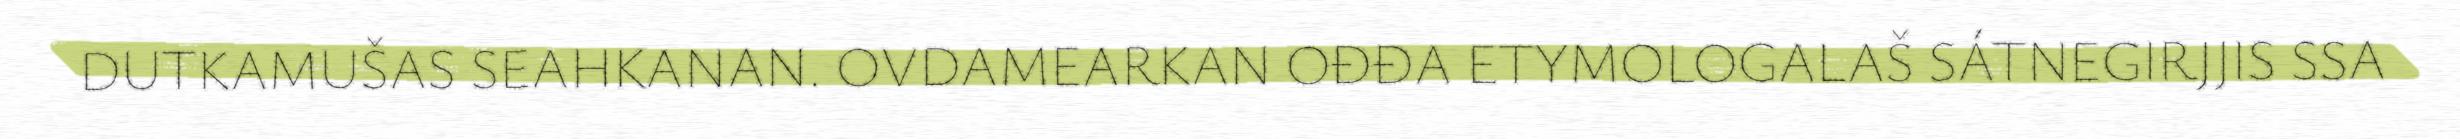
DUTKAMUŠAS SEAHKANAN. OVDAMEARKAN OĐĐA ETYMOLOGALAŠ SÁTNEGIRJJIS SSA